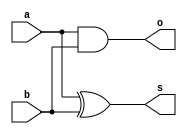
module half_adder(input a, input b, 
              output s, output o);
and(o,a,b);//Cout
xor(s,a,b);//sum
endmodule